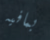
بمافيه